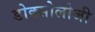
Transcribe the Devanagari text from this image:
डोक्सोलोजी